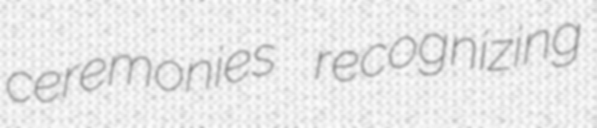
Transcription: ceremonies recognizing